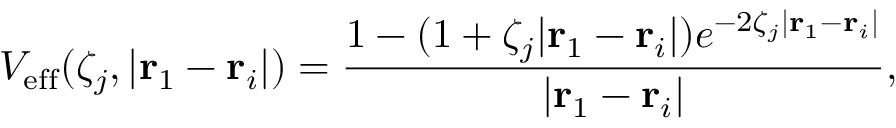
V _ { \mathrm { e f f } } ( \zeta _ { j } , | \mathbf { r } _ { 1 } - \mathbf { r } _ { i } | ) = \frac { 1 - ( 1 + \zeta _ { j } | \mathbf { r } _ { 1 } - \mathbf { r } _ { i } | ) e ^ { - 2 \zeta _ { j } | \mathbf { r } _ { 1 } - \mathbf { r } _ { i } | } } { | \mathbf { r } _ { 1 } - \mathbf { r } _ { i } | } ,